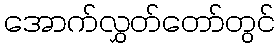
အောက်လွှတ်တော်တွင်